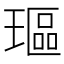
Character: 𰢋